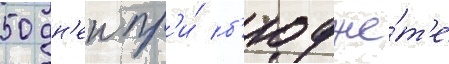
50 дн'еи пр'и́ б'юдже́т'е